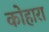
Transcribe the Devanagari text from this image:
कोहारा